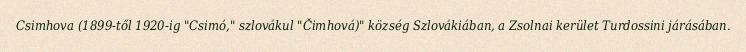
Csimhova (1899-től 1920-ig "Csimó," szlovákul "Čimhová)" község Szlovákiában, a Zsolnai kerület Turdossini járásában.